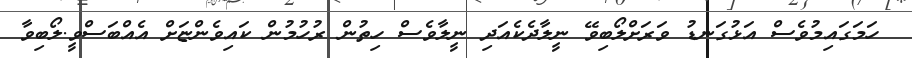
ހަމަގައިމުވެސް އަޅުގަނޑު ވަރަށްލޯބިވޭ ނީލާދެކެއަދި ނީލާވެސް ހިތުން ރުހުމުން ކައިވެންޏަށް އެއްބަސްވީ.ލޯބިވާ